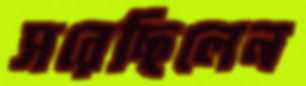
সরেছিলেন